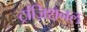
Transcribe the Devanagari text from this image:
ट्रांज़िशनल